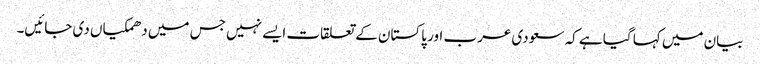
بیان میں کہا گیا ہے کہ سعودی عرب اور پاکستان کے تعلقات ایسے نہیں جس میں دھمکیاں دی جائیں۔